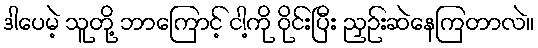
ဒါပေမဲ့ သူတို့ ဘာကြောင့် ငါ့ကို ဝိုင်းပြီး ညှဉ်းဆဲနေကြတာလဲ။